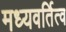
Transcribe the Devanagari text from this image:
मध्यवर्तित्व